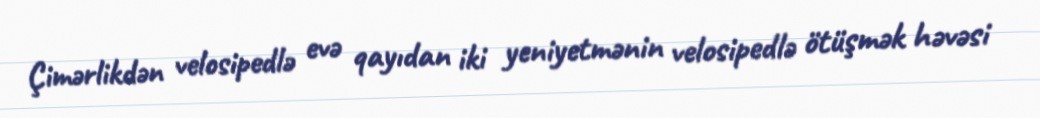
Çimərlikdən velosipedlə evə qayıdan iki yeniyetmənin velosipedlə ötüşmək həvəsi